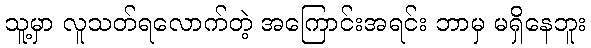
သူ့မှာ လူသတ်ရလောက်တဲ့ အကြောင်းအရင်း ဘာမှ မရှိနေဘူး